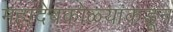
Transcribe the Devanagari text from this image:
महादेवकोळ्यांकडून